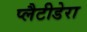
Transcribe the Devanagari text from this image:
प्लैटीडेरा